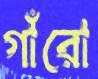
গাঁরো